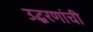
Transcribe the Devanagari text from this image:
उद्धरणांची